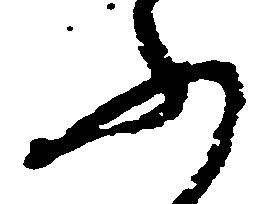
ふ